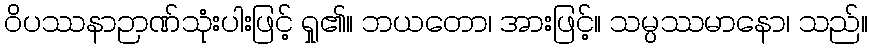
ဝိပဿနာဉာဏ်သုံးပါးဖြင့် ရှု၏။ ဘယတော၊ အားဖြင့်။ သမ္ပဿမာနော၊ သည်။